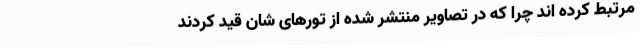
مرتبط کرده اند چرا که در تصاویر منتشر شده از تورهای شان قید کردند